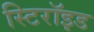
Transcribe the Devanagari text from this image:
स्टिरॉइड